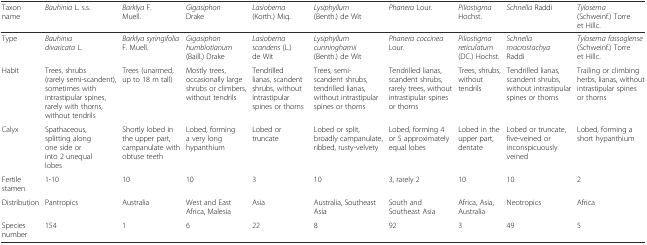
| Taxon name | Bauhinia L. s.s. | Barklya F. Muell. | Gigasiphon Drake | Lasiobema (Korth.) Miq. | Lysiphyllum (Benth.) de Wit | Phanera Lour. | Piliostigma Hochst. | Schnella Raddi | Tylosema (Schweinf.) Torre et Hillc. |
 | --- | --- | --- | --- | --- | --- | --- | --- | --- | --- |
 | Type | Bauhinia divaricata L. | Barklya syringifolia F. Muell. | Gigasiphon humblotianum (Baill.) Drake | Lasiobema scandens (L.) de Wit | Lysiphyllum cunninghamii (Benth.) de Wit | Phanera coccinea Lour. | Piliostigma reticulatum (DC.) Hochst. | Schnella macrostachya Raddi | Tylosema fassoglense (Schweinf.) Torre et Hillc. |
 | Habit | Trees, shrubs (rarely semi-scandent), sometimes with intrastipular spines, rarely with thorns, without tendrils | Trees (unarmed, up to 18 m tall) | Mostly trees, occasionally large shrubs or climbers, without tendrils | Tendrilled lianas, scandent shrubs, without intrastipular spines or thorns | Trees, semi-scandent shrubs, tendrilled lianas, without intrastipular spines or thorns | Tendrilled lianas, scandent shrubs, rarely trees, without intrastipular spines or thorns | Trees, shrubs, without tendrils | Tendrilled lianas, scandent shrubs, without intrastipular spines or thorns | Trailing or climbing herbs, lianas, without intrastipular spines or thorns |
 | Calyx | Spathaceous, splitting along one side or into 2 unequal lobes | Shortly lobed in the upper part, campanulate with obtuse teeth | Lobed, forming a very long hypanthium | Lobed or truncate | Lobed or split, broadly campanulate, ribbed, rusty-velvety | Lobed, forming 4 or 5 approximately equal lobes | Lobed in the upper part, dentate | Lobed or truncate, five-veined or inconspicuously veined | Lobed, forming a short hypanthium |
 | Fertile stamen | 1-10 | 10 | 10 | 3 | 10 | 3, rarely 2 | 10 | 10 | 2 |
 | Distribution | Pantropics | Australia | West and East Africa, Malesia | Asia | Australia, Southeast Asia | South and Southeast Asia | Africa, Asia, Australia | Neotropics | Africa |
 | Species number | 154 | 1 | 6 | 22 | 8 | 92 | 3 | 49 | 5 |